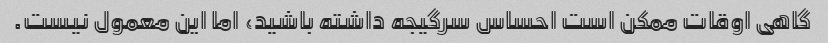
گاهی اوقات ممکن است احساس سرگیجه داشته باشید، اما این معمول نیست.